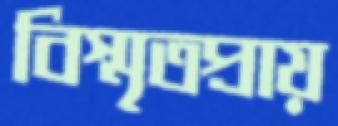
বিস্মৃতপ্রায়